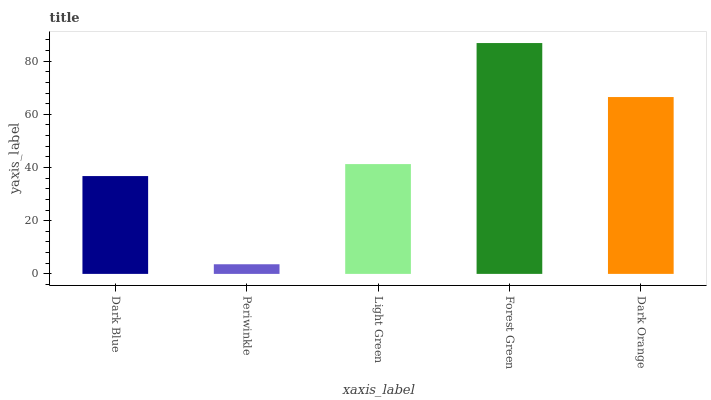
| xaxis_label | bars |
 | --- | --- |
 | Dark Blue | 36.8 |
 | Periwinkle | 3.62 |
 | Light Green | 41.3 |
 | Forest Green | 86.8 |
 | Dark Orange | 66.5 |